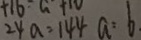
2 4 a = 1 4 4 a : b